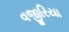
વજીરિયા